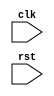
module bus_controller (
  input wire clk,
  input wire rst,
  // Add additional input and output ports as needed
  
  // Define internal signals and components here
  // Clock generation and frequency adjustment components
  
   // Synchronization logic for data and control signals
   
);

  // Add Verilog code for bus controller here
  
endmodule